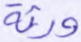
ورثة